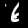
Digit: 6